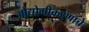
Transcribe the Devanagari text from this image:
औद्योगीकरणाचे